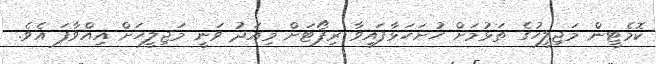
ކޮމެޓީން މަޖިލީހުގެ ތަޅުމަށް ހުށަހަޅާފައިވާ ރިޕޯޓަށް މިއަދު ވަނީ މަޖިލީހަށް އިއްވާފަ އެވެ.